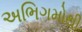
અભિગમોથી